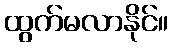
ထွက်မလာနိုင်။